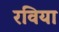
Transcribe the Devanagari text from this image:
रविया